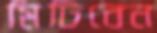
মিটিবেন